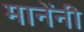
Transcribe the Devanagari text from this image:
मानेंनी